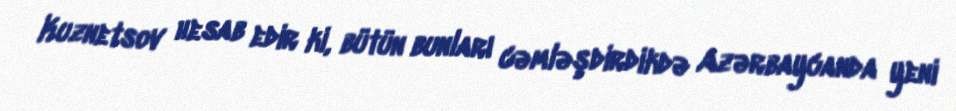
Kuznetsov hesab edir ki, bütün bunları cəmləşdirdikdə Azərbaycanda yeni